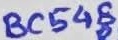
Text: BC548